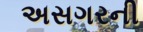
અસગરની